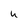
Character: u